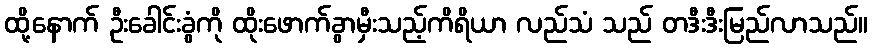
ထို့နောက် ဦးခေါင်းခွံကို ထိုးဖောက်ခွာမှီးသည့်ကိရိယာ လည်သံ သည် တဒီးဒီးမြည်လာသည်။